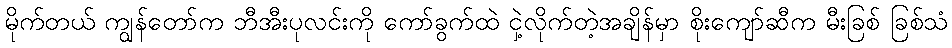
မိုက်တယ် ကျွန်တော်က ဘီအီးပုလင်းကို ကော်ခွက်ထဲ ငှဲ့လိုက်တဲ့အချိန်မှာ စိုးကျော်ဆီက မီးခြစ် ခြစ်သံ